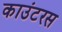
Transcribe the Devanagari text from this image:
काउंटरस